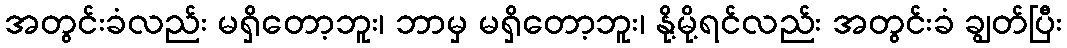
အတွင်းခံလည်း မရှိတော့ဘူး၊ ဘာမှ မရှိတော့ဘူး၊ နို့မို့ရင်လည်း အတွင်းခံ ချွတ်ပြီး